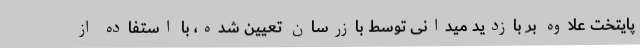
پایتخت علاوه بر بازدید میدانی توسط بازرسان تعیین شده، با استفاده از